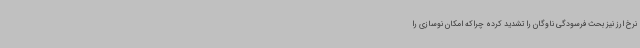
نرخ ارز نیز بحث فرسودگی ناوگان را تشدید کرده چراکه امکان نوسازی را